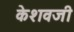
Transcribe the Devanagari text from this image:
केशवजी